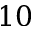
1 0